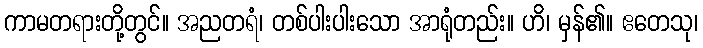
ကာမတရားတို့တွင်။ အညတရံ၊ တစ်ပါးပါးသော အာရုံတည်း။ ဟိ၊ မှန်၏။ ဧတေသု၊